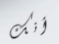
أنك